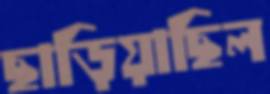
ছাড়িয়াছিল